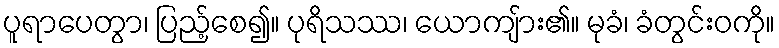
ပူရာပေတွာ၊ ပြည့်စေ၍။ ပုရိသဿ၊ ယောကျ်ား၏။ မုခံ၊ ခံတွင်းဝကို။